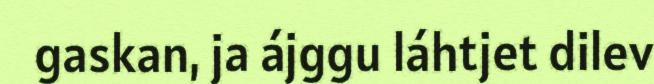
gaskan, ja ájggu láhtjet dilev